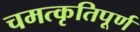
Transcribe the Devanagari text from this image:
चमत्कृतिपूर्ण